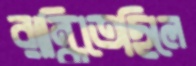
রান্ধিতেছিলে